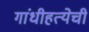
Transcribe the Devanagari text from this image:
गांधीहत्येची